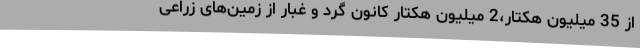
از 35 میلیون هکتار،2 میلیون هکتار کانون گرد و غبار از زمین‌های زراعی